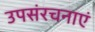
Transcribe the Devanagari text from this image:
उपसंरचनाएं